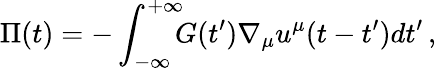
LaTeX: \Pi(t)=-\int_{-\infty}^{+\infty}\! \! \! G(t^{\prime})\nabla_{\mu}u^{\mu}(t-t^{\prime})dt^{\prime}\, ,